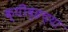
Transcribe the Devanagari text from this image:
क्यीव्हच्या